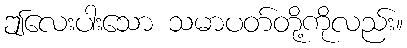
ဤလေးပါးသော သမာပတ်တို့ကိုလည်း။